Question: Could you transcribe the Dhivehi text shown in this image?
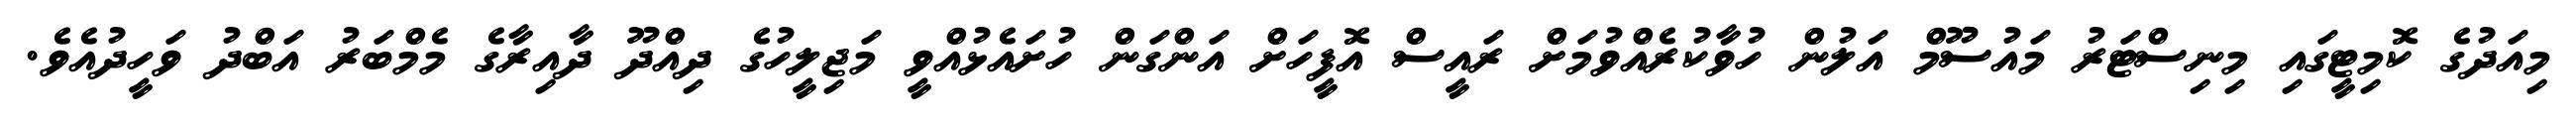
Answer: މިއަދުގެ ކޮމިޓީގައި މިނިސްޓަރު މައުސޫމް އަލުން ހުވާކުރެއްވުމަށް ރައީސް އޮފީހަށް އަންގަން ހުށައެޅުއްވީ މަޖިލީހުގެ ދިއްދޫ ދާއިރާގެ މެމްބަރު އަބްދު ވަހީދުއެވެ.